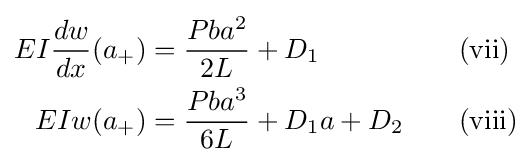
{\begin{aligned}EI{\dfrac {dw}{dx}}(a_{+})&={\dfrac {Pba^{2}}{2L}}+D_{1}&&\quad \mathrm {(vii)} \\EIw(a_{+})&={\dfrac {Pba^{3}}{6L}}+D_{1}a+D_{2}&&\quad \mathrm {(viii)} \end{aligned}}